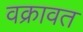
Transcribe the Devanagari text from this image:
वक्रावत